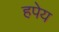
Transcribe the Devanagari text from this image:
हपेय